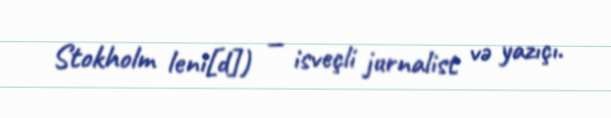
Stokholm leni[d]) — isveçli jurnalist və yazıçı.